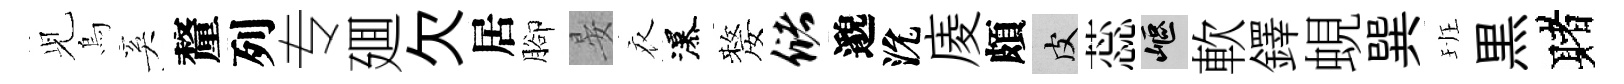
𫤗烏奚釐列专廽欠居腳晏衣瀑嫠储邈沇庱頗皮蕊嶇軟鐸蜆巽班黒赌